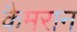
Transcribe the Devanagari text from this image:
कैमरान